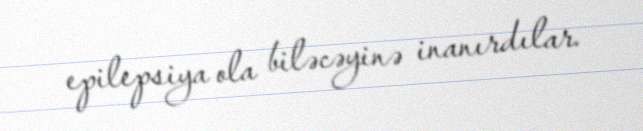
epilepsiya ola biləcəyinə inanırdılar.